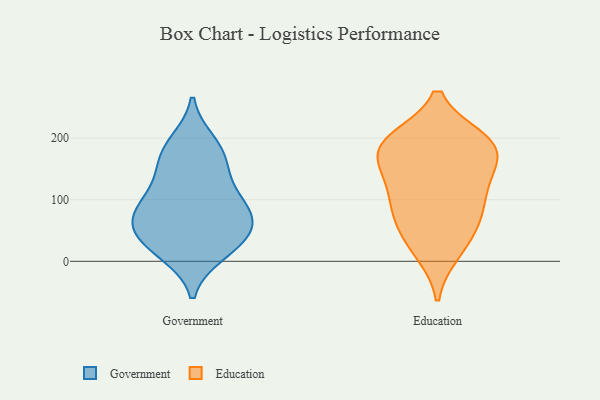
{"axis": {"x": "Demand Index", "y": "Value"}, "legend": ["Education", "Government"], "data": [{"x": "", "y": 73, "type": "Government"}, {"x": "", "y": 67, "type": "Government"}, {"x": "", "y": 54, "type": "Government"}, {"x": "", "y": 145, "type": "Government"}, {"x": "", "y": 33, "type": "Government"}, {"x": "", "y": 193, "type": "Government"}, {"x": "", "y": 73, "type": "Government"}, {"x": "", "y": 92, "type": "Government"}, {"x": "", "y": 13, "type": "Government"}, {"x": "", "y": 17, "type": "Government"}, {"x": "", "y": 181, "type": "Government"}, {"x": "", "y": 169, "type": "Government"}, {"x": "", "y": 41, "type": "Government"}, {"x": "", "y": 98, "type": "Government"}, {"x": "", "y": 124, "type": "Government"}, {"x": "", "y": 67, "type": "Education"}, {"x": "", "y": 65, "type": "Education"}, {"x": "", "y": 79, "type": "Education"}, {"x": "", "y": 25, "type": "Education"}, {"x": "", "y": 197, "type": "Education"}, {"x": "", "y": 191, "type": "Education"}, {"x": "", "y": 142, "type": "Education"}, {"x": "", "y": 118, "type": "Education"}, {"x": "", "y": 193, "type": "Education"}, {"x": "", "y": 103, "type": "Education"}, {"x": "", "y": 179, "type": "Education"}, {"x": "", "y": 196, "type": "Education"}, {"x": "", "y": 174, "type": "Education"}, {"x": "", "y": 15, "type": "Education"}, {"x": "", "y": 141, "type": "Education"}]}